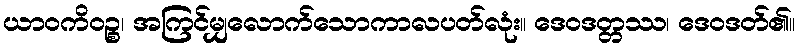
ယာဝကိဝဉ္စ၊ အကြင်မျှလောက်သောကာလပတ်လုံး။ ဒေဝဒတ္တဿ၊ ဒေဝဒတ်၏။